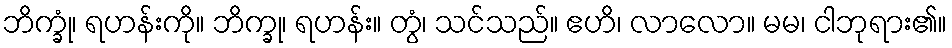
ဘိက္ခုံ၊ ရဟန်းကို။ ဘိက္ခု၊ ရဟန်း။ တွံ၊ သင်သည်။ ဧဟိ၊ လာလော။ မမ၊ ငါဘုရား၏။